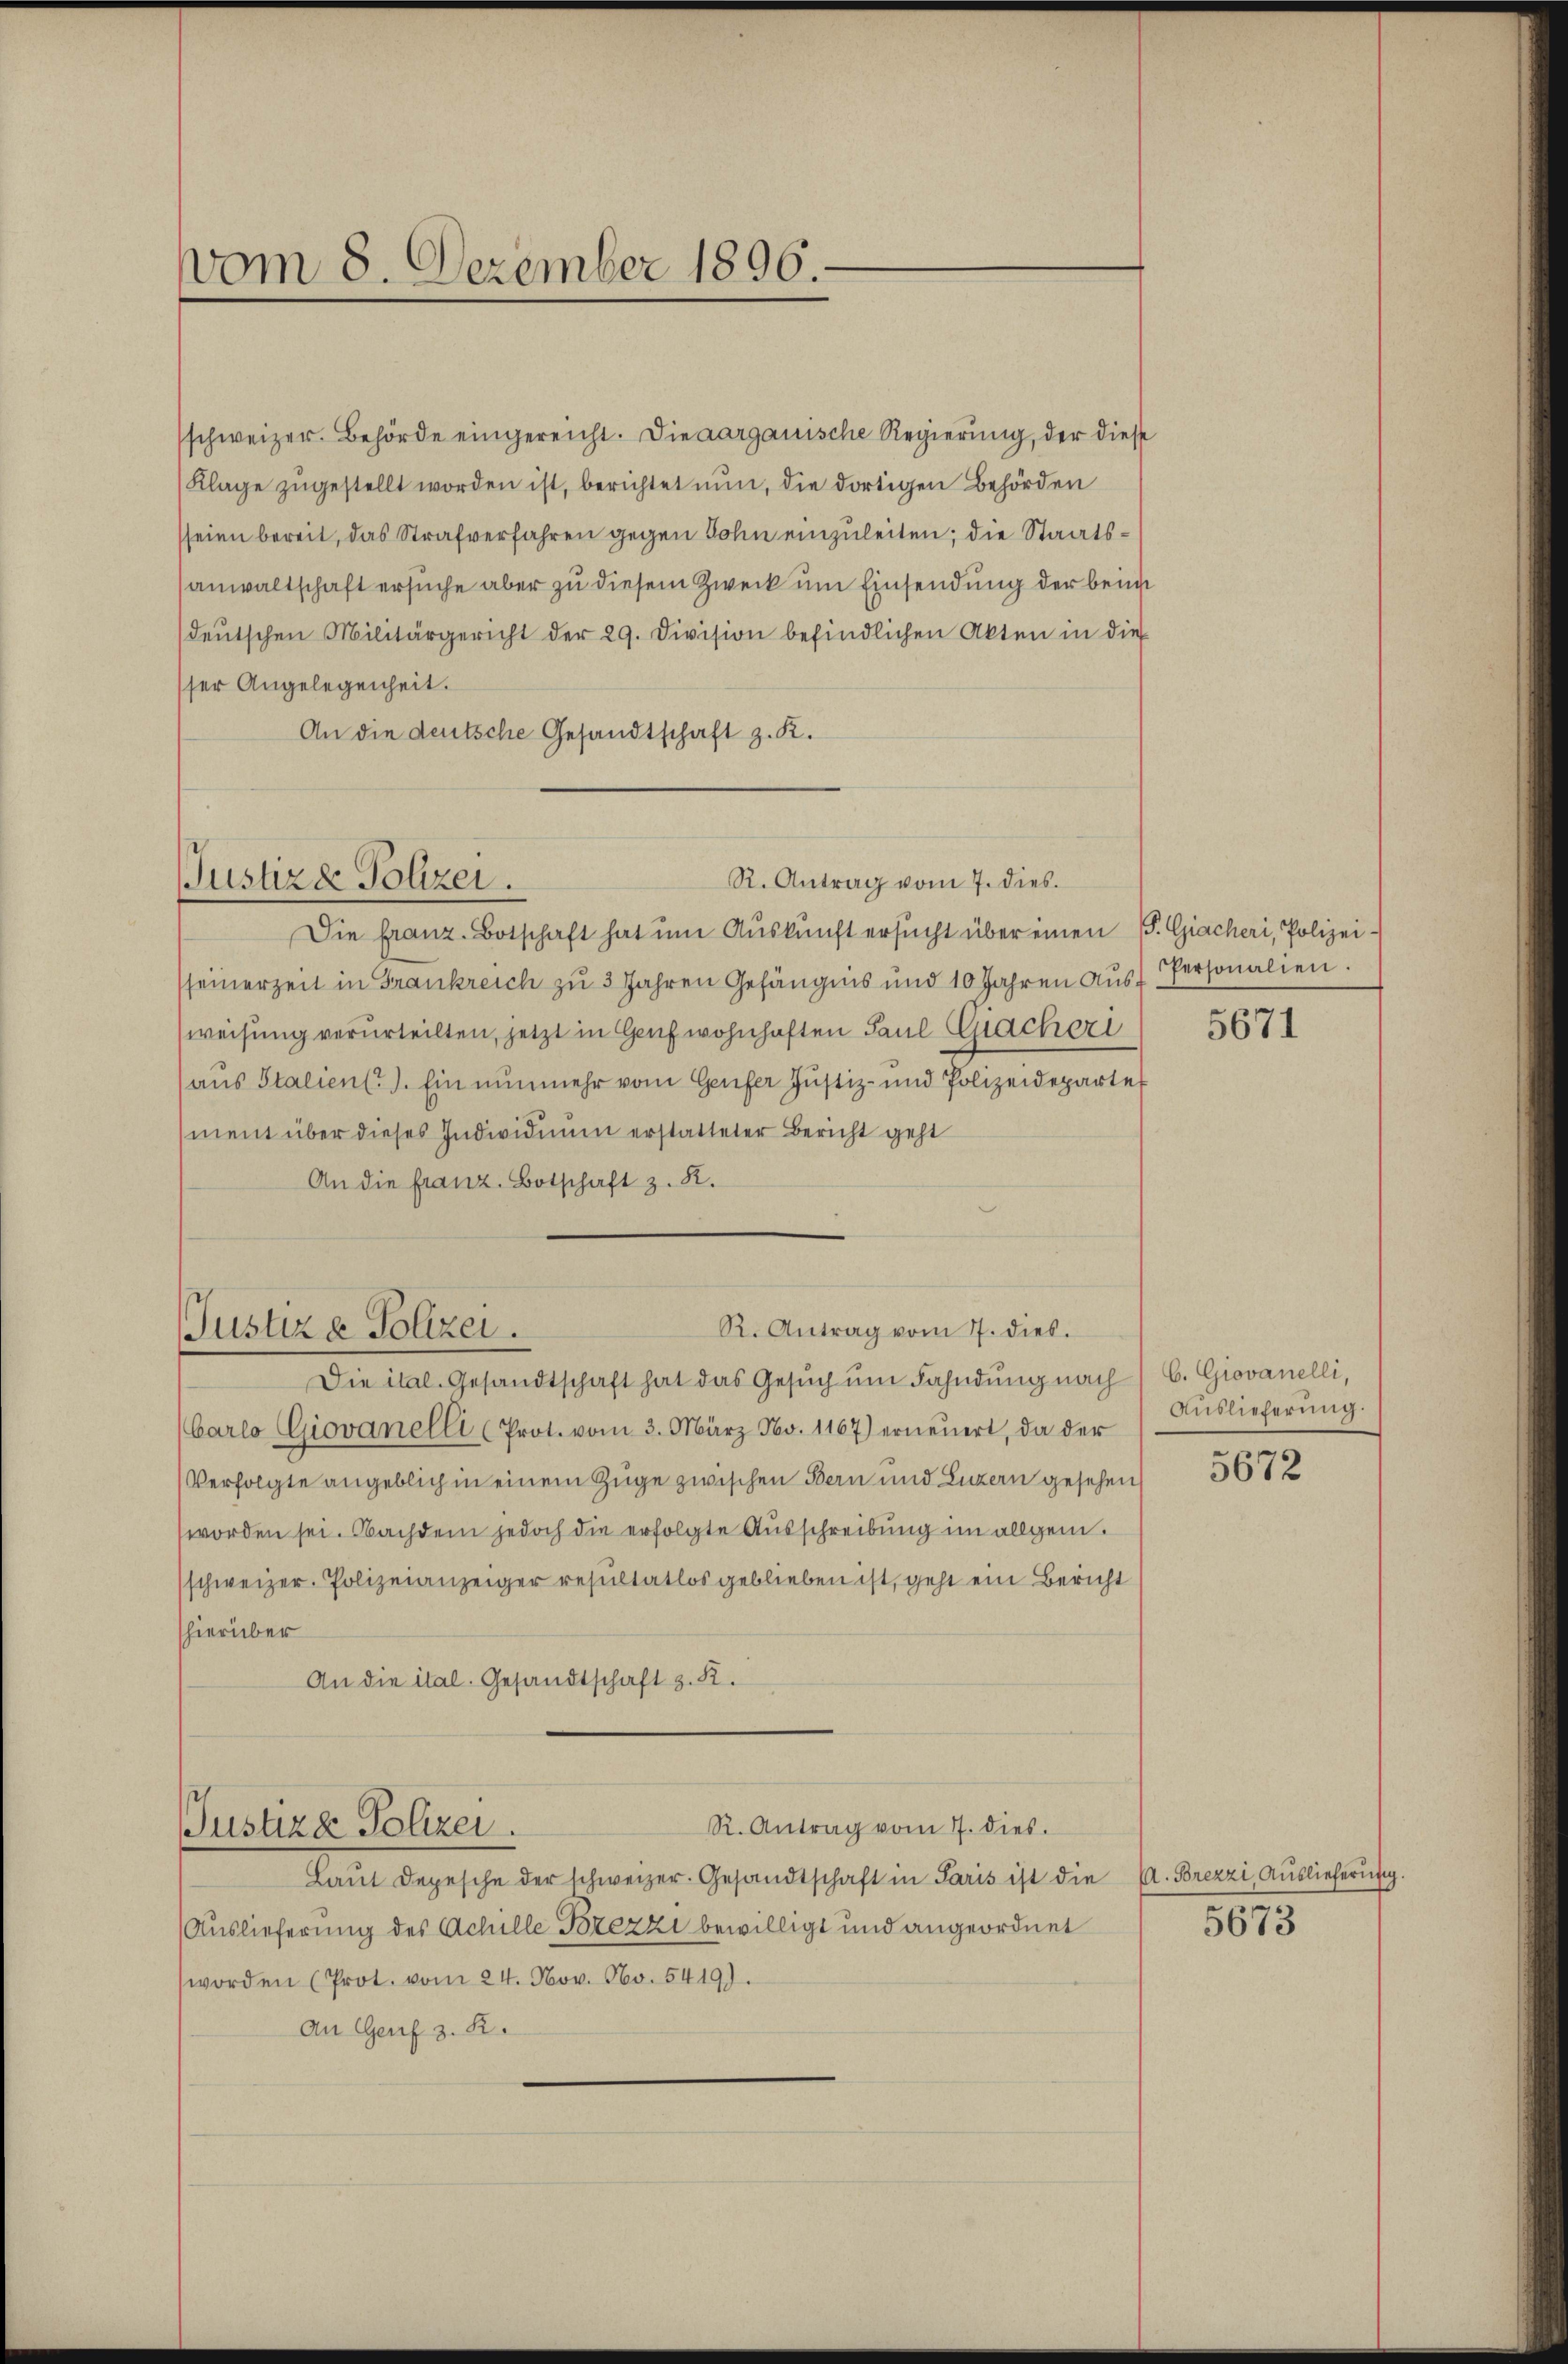
vom 8. Dezember 1896.

schweizer. Behörde eingereicht. Die aargauische Regierung, der diese
Klage zŭgestellt worden ist, berichtet nun, die dortigen Behörden
seien bereit, das Strafverfahren gegen Sohn einzuleiten; die Staatsanwaltschaft ersuche aber zu diesem Zweck um Einsendung der beim
deŭtschen Militärgericht der 29. Division befindlichen Akten in die
ser Angelegenheit.
An die deutsche Gesandtschaft z. K.

R. Antrag vom 7. dies.
Justiz & Polizei.

Justiz & Polizei.

Die franz. Botschaft hat ŭm Aŭskŭnft ersŭcht über einen P. Giacheri, Polizei-
seinerzeit in Frankreich zu 3 Jahren Gefängnis und 10 Jahren aŭs Personalien.
weisung verurteilten, jetzt in Genf wohnhaften Paul Giacheri
aus Stalien (i). Ein nunmehr vom Genfer Justiz- und Polizeideparte
ment über dieses Individuum erstatteter Bericht geht
An die franz. Botschaft z. R.

R. Antrag vom 7. dies.

R. Antrag vom 7. dies.
Justiza Polizei.

Laŭt Depesche der schweizer. Gesandtschaft in Paris ist die A. Brezzi, Aŭslieferŭng.
Auslieferung des Achille Brezzi bewilligt und angeordnet
worden (Prot. vom 24. Nov. No. 5419).
An Genf z. B.

Die ital. Gesandtschaft hat das Gesŭch ŭm Fahndŭng nach C. Giovanelli,
barlo Giovanelli (Prot. vom 3. März Nov. 1167) erneŭert, da der
Verfolgte angeblich in einem Zuge zwischen Bern und Luzern gesehen
worden sei. Nachdem jedoch die erfolgte Ausschreibung im allgem.
(schweizer. Polizeianzeiger resultatlos geblieben ist, geht ein Bericht
hierüber
An die ital. Gesandtschaft z. B.

5671

Auslieferung.

5672

5673